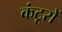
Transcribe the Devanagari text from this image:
कंटूरों